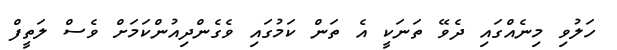
ހަލުވި މިނެއްގައި ދެވޭ ތަނަކީ އެ ތަން ކަމުގައި ވެގެންދިއުންކަމަށް ވެސް ލަތީފް